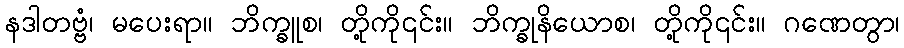
နဒါတဗ္ဗံ၊ မပေးရာ။ ဘိက္ခူစ၊ တို့ကို၎င်း။ ဘိက္ခုနိယောစ၊ တို့ကို၎င်း။ ဂဏေတွာ၊